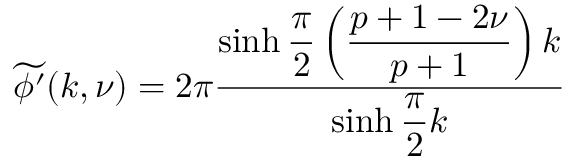
\widetilde { \phi ^ { \prime } } ( k , \nu ) = 2 \pi \displaystyle \frac { \sinh \displaystyle \frac { \pi } { 2 } \left( \displaystyle \frac { p + 1 - 2 \nu } { p + 1 } \right) k } { \sinh \displaystyle \frac { \pi } { 2 } k }